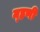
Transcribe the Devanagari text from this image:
म्‍हणी